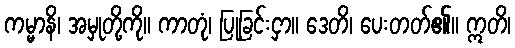
ကမ္မာနိ၊ အမှုတို့ကို။ ကာတုံ၊ ပြုခြင်းငှာ။ ဒေတိ၊ ပေးတတ်၏။ ဣတိ၊